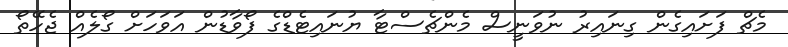
މެޗް ފަށައިގެން ގިނައިރު ނުވަނީސް މެންޗެސްޓާ ޔުނައިޓެޑްގެ ފޯވާޑުން އަވަހަށް ގޯލެއް ޖެހޭތޯ